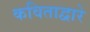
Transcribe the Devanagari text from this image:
कविताद्वारे